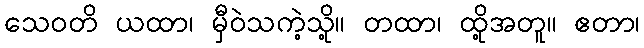
သေဝတိ ယထာ၊ မှီဝဲသကဲ့သို့။ တထာ၊ ထို့အတူ။ ဧတာ၊